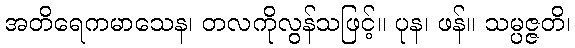
အတိရေကမာသေန၊ တလကိုလွန်သဖြင့်။ ပုန၊ ဖန်။ သမ္ပဇ္ဇတိ၊